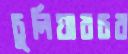
চুলিয়ারচর